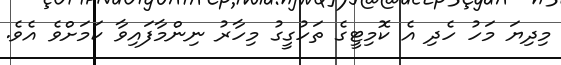
މިދިޔަ މަހު ހެދި އެ ކޮމިޓީގެ ތަހުގީގު މިހާރު ނިންމާފައިވާ ކަމަށްވެ އެވެ.